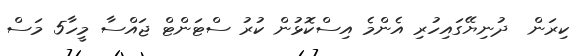
ކިރަން  ދުނިޔޭގައިހުރި އެންމެ އިސްކޮޅުން ކުރު ސްޓަންޓް ޖައްސާ މީހާ5 މަސް